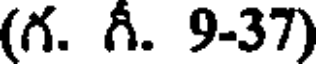
(గ. గీ. 9-37)